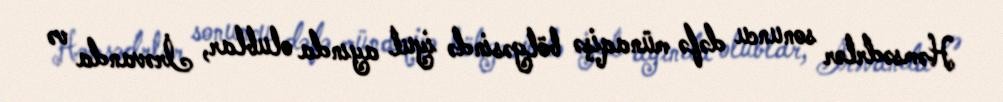
Həmsədrlər sonuncu dəfə münaqişə bölgəsində iyul ayında olublar, İrəvanda və